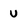
Character: v